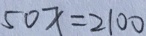
5 0 x = 2 1 0 0